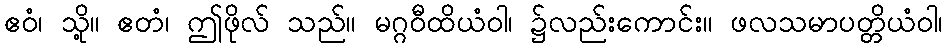
ဧဝံ၊ သို့။ ဧတံ၊ ဤဖိုလ် သည်။ မဂ္ဂဝီထိယံဝါ၊ ၌လည်းကောင်း။ ဖလသမာပတ္တိယံဝါ၊